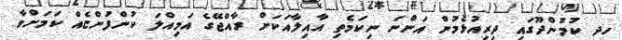
ހދ ކުމުންދޫގައި ދިރިއުޅެމުން އަންނަ ނިކަމެތި އާއިލާއަކަށް ރާއްޖޭގެ އަމިއްލަ ކުންފުންޏެއް ކަމަށްވާ